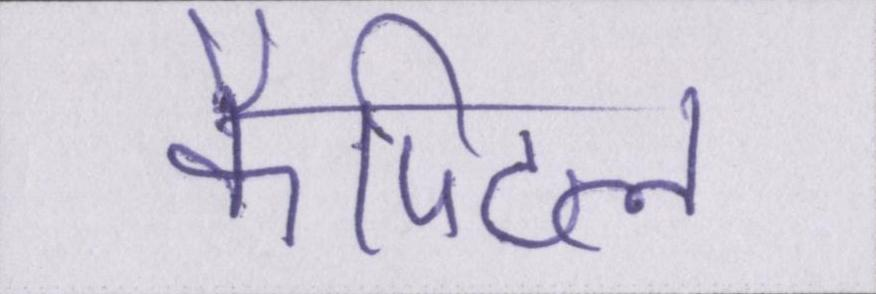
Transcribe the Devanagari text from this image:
कैपिटल